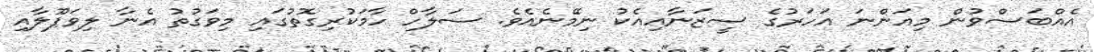
އެއްބަސްވުން މިއަންނަ އަހަރުގެ ސީޒަނާއިއެކު ނިމޭނެއެވެ. ސަލާހް ހާމަކުރިގޮތުގައި މިވަގުތު އެނާ ލިވަޕޫލާއި